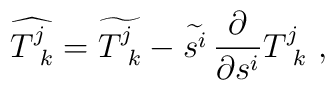
\widehat{T^{j}_{\ k}}=\widetilde {T^{j}_{\ k}}-\widetilde{s^i}\,{\partial\over\partial s^i}{T^{j}_{\ k}} \ ,